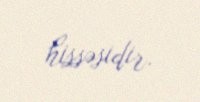
hissəsidir.